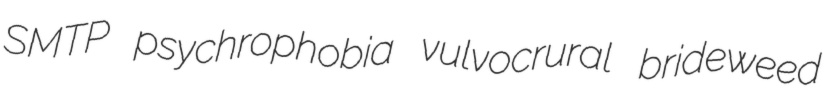
SMTP psychrophobia vulvocrural brideweed